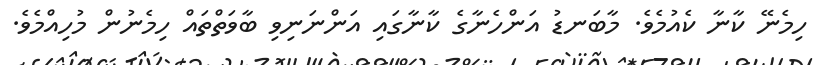
ހިމެނޭ ކާނާ ކެއުމެވެ. މާބަނޑު އަންހެނާގެ ކާނާގައި އަންނަނިވި ބާވަތްތައް ހިމެނުން މުހިއްމެވެ.